Madras plague regulations and rules for the city of Madras
Disease focus: Plague
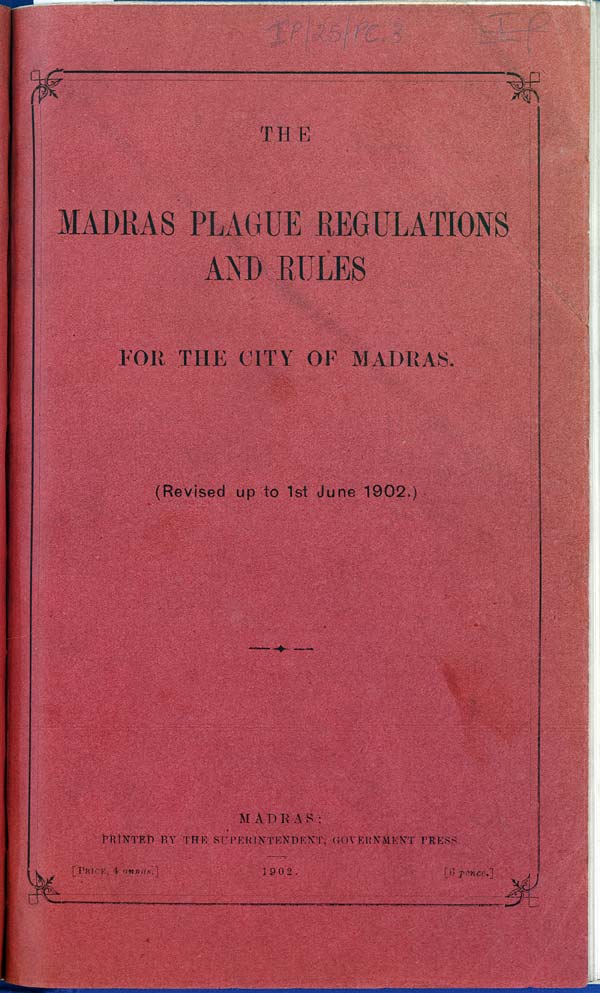
THE
MADRAS PLAGUE REGULATIONS
AND RULES
FOR THE CITY OF MADRAS.
(Revised up to 1st June 1902.)
MADRAS:
PRINTED BY THE SUPERINTENDENT, GOVERNMENT PRESS.
[PRICE, 4
annas.]
1902.
[6
pence.]